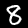
Digit: 8